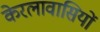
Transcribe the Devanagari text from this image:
केरलावासियों